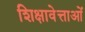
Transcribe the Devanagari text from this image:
शिक्षावेत्ताओं